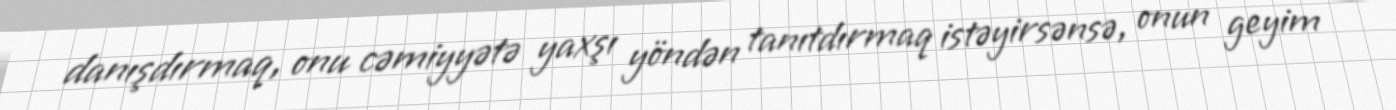
danışdırmaq, onu cəmiyyətə yaxşı yöndən tanıtdırmaq istəyirsənsə, onun geyim